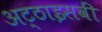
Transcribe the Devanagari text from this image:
अट्ठाइसवीं